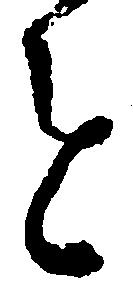
を